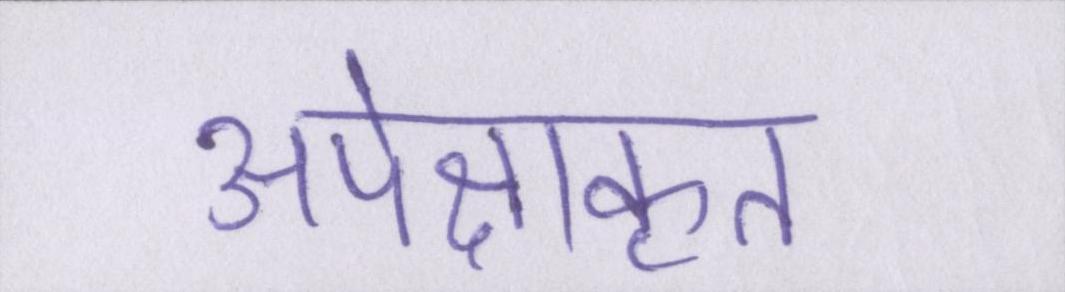
अपेक्षाकृत